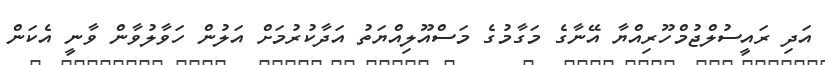
އަދި ރައީސުލްޖުމްހޫރިއްޔާ އޭނާގެ މަގާމުގެ މަސްއޫލިއްޔަތު އަދާކުރުމަށް އަލުން ހަވާލުވާން ވާނީ އެކަން